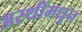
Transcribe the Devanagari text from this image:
अस्थींमधून